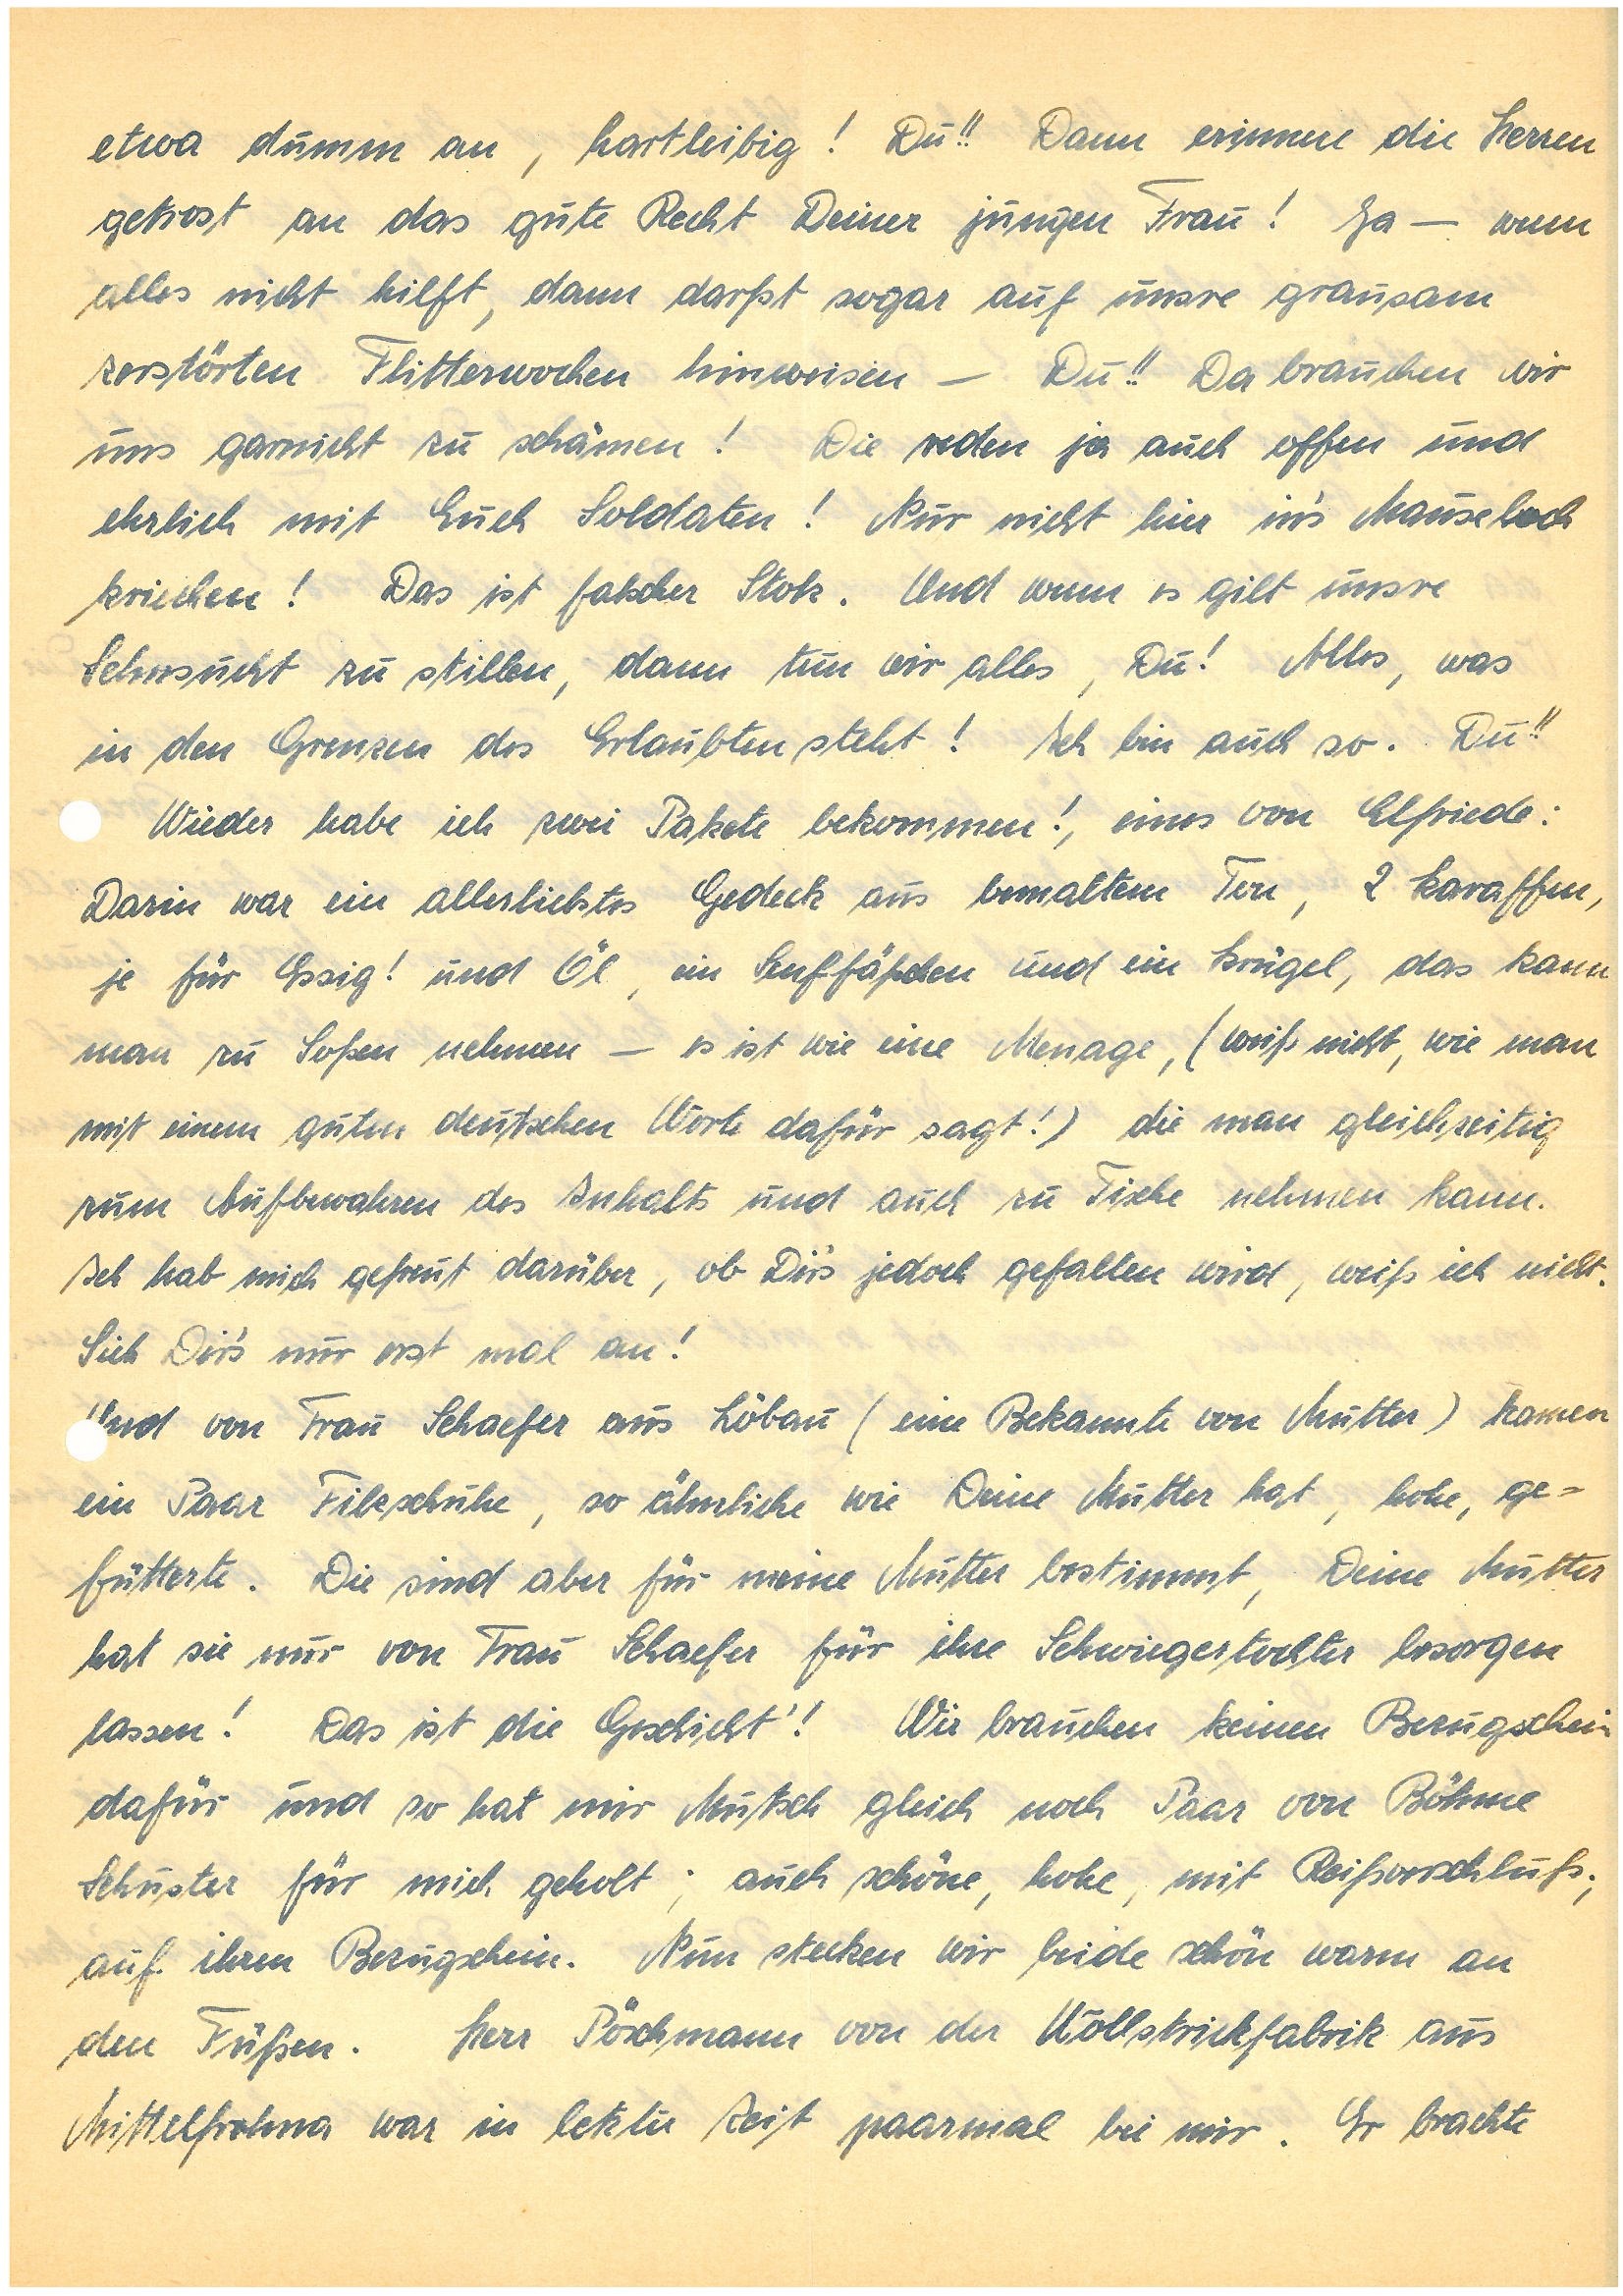
etwa dumm an, hartleibig! Du!! Dann erinnere die Herren
getrost an das gute Recht Deiner jungen Frau! Ja – wenn
alles nicht hilft, dann darfst sogar auf unsre grausam
zerstörten Flitterwochen hinweisen – Du!! Da brauchen wir
uns garnicht zu schämen! Die reden ja auch offen und
ehrlich mit Euch Soldaten! Nur nicht hin in’s Mauseloch
kriechen! Das ist falscher Stolz. Und wenn es gilt unsre
Sehnsucht zu stillen, dann tun wir alles, Du! Alles, was
in den Grenzen des Erlaubten steht! Ich bin auch so. Du!!
Wieder habe ich zwei Pakete bekommen, eines von E.:
Darin war ein allerliebstes Gedeck aus bemaltem Ton, 2 Karaffen,
je für Essig! und Öl, ein Senffäßchen und ein Krügel, das kann
man zu Soßen nehmen – es ist wie eine Menage, (weiß nicht, wie man
mit einem guten deutschen Worte dafür sagt!) die man gleichzeitig
zum Aufbewahren des Inhalts und auch zu Tische nehmen kann.
Ich hab mich gefreut darüber, ob Dir’s jedoch gefallen wird, weiß ich nicht.
Sieh Dir’s nur erst mal an!
Und von Frau Sch. aus L. (eine Bekannte von Mutter) kamen
ein Paar Filzschuhe, so ähnlich wie Deine Mutter hat, hohe, ge¬
fütterte. Die sind aber für meine Mutter bestimmt, Deine Mutter
hat sie nur von Frau Sch. für ihre Schwiegertochter besorgen lassen!
Das ist die Geschicht´! Wir brauchen keinen Bezugschein
dafür und so hat mir Mutsch gleich noch Paar von B.
Schuster für mich geholt; auch schöne, hohe, mit Reißverschluß;
auf ihren Bezugschein. Nun stecken wir beide schön warm an
den Füßen. Herr P. von der Wollstrickfabrik aus
M. war in letzter Zeit paarmal bei mir. Er brachte